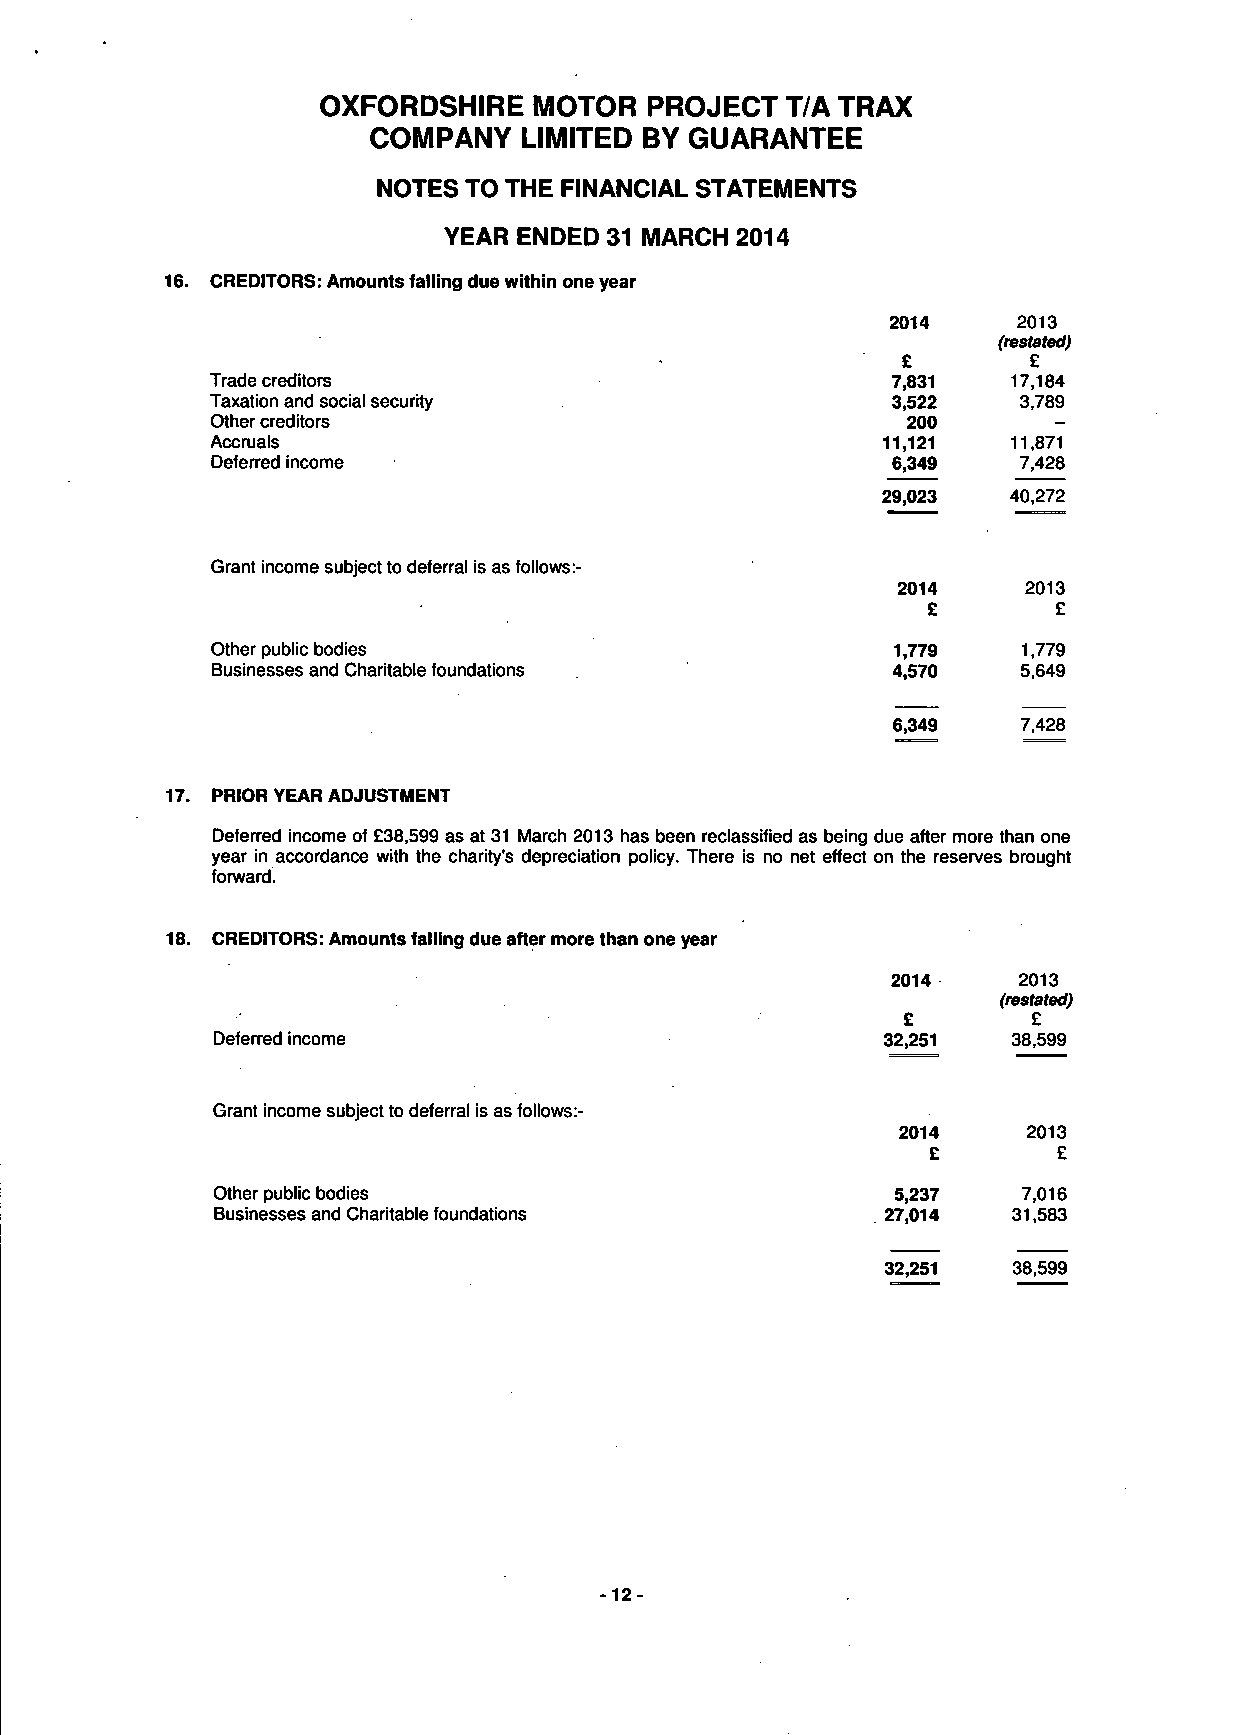
OXFORDSHIRE   MOTOR   PROJECT  T/A TRAX
 COMPANY    LIMITED BY GUARANTEE
 NOTES TO THE FINANCIAL STATEMENTS
 YEAR ENDED 31 MARCH 2014
 16. CREDITORS: Amounts falling due within one year
 2014    2013
 (restated)
 £       £
 Trade creditors                              7,831   17,184
 Taxation and social security                 3,522    3,789
 Other creditors                               200       -
 Accruals                                    11,121   11,871
 Deferred income                              6,349    7,428
 29,023   40,272
 Grant income subject to deferral is as follows:-
 2014     2013
 £        £
 Other public bodies                          1,779    1,779
 Businesses and Charitable foundations        4,570    5,649
 6,349    7,428
 17. PRIOR YEAR ADJUSTMENT
 Deferred income of £38,599 as at 31 March 2013 has been reclassified as being due after more than one
 year in accordance with the charity's depreciation policy. There is no net effect on the reserves brought
 forward.
 18. CREDITORS: Amounts falling due after more than one year
 2014    2013
 (restated)
 £       £
 Deferred income                              32,251  38,599
 Grant income subject to deferral is as follows:-
 2014     2013
 £       £
 Other public bodies                          5,237    7,016
 Businesses and Charitable foundations        27,014  31,583
 32,251  38,599
 -12-